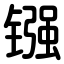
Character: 镪